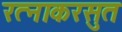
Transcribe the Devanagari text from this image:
रत्नाकरसुत